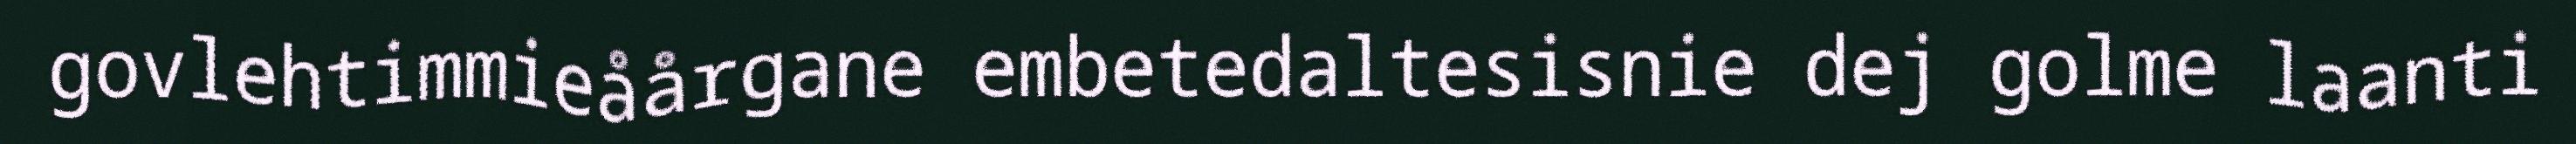
govlehtimmieåårgane embetedaltesisnie dej golme laanti